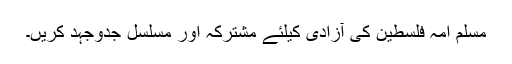
مسلم امہ فلسطین کی آزادی کیلئے مشترکہ اور مسلسل جدوجہد کریں۔